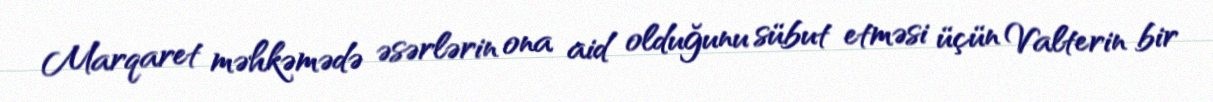
Marqaret məhkəmədə əsərlərin ona aid olduğunu sübut etməsi üçün Valterin bir